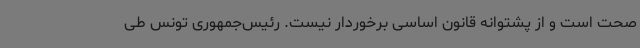
صحت است و از پشتوانه قانون اساسی برخوردار نیست. رئیس‌جمهوری تونس طی